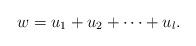
LaTeX: \begin{align*}w=u_1+u_2+\cdots+u_l. \end{align*}